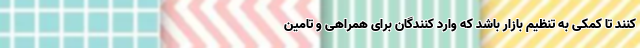
کنند تا کمکی به تنظیم بازار باشد که وارد کنندگان برای همراهی و تامین